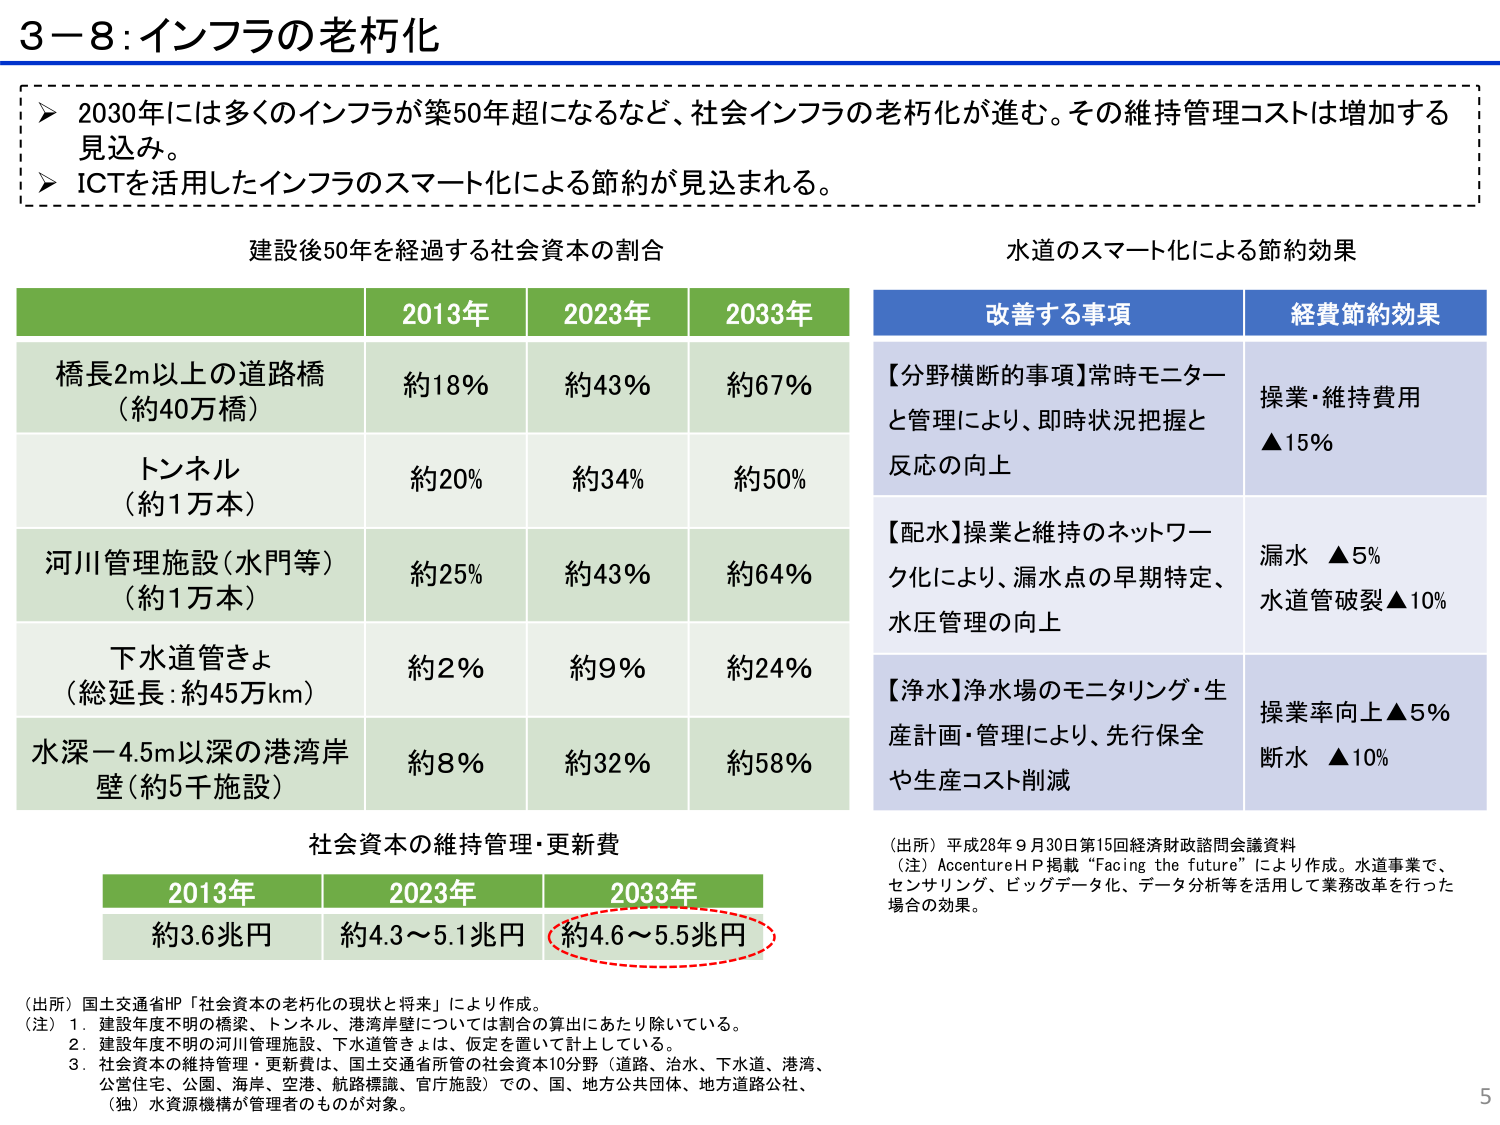
3－8：インフラの老朽化

➤ 2030年には多くのインフラが築50年超になるなど、社会インフラの老朽化が進む。その維持管理コストは増加する見込み。
➤ ICTを活用したインフラのスマート化による節約が見込まれる。

建設後50年を経過する社会資本の割合

2013年　2023年　2033年
橋長2m以上の道路橋（約40万橋）　約18％　約43％　約67％
トンネル（約1万本）　約20％　約34％　約50％
河川管理施設（水門等）（約1万本）　約25％　約43％　約64％
下水道管きょ（総延長：約45万km）　約2％　約9％　約24％
水深－4.5m以深の港湾岸壁（約5千施設）　約8％　約32％　約58％

水道のスマート化による節約効果

改善する事項　　　　　　　　　　　　　　　経費節約効果
【分野横断的事項】常時モニターと管理により、即時状況把握と反応の向上　　操業・維持費用 ▲15％
【配水】操業と維持のネットワーク化により、漏水点の早期特定、水圧管理の向上　　漏水 ▲5％　水道管破裂 ▲10％
【浄水】浄水場のモニタリング・生産計画・管理により、先行保全や生産コスト削減　　操業率向上 ▲5％　断水 ▲10％

社会資本の維持管理・更新費

2013年　2023年　2033年
約3.6兆円　約4.3～5.1兆円　約4.6～5.5兆円

（出所）国土交通省HP「社会資本の老朽化の現状と将来」により作成。
（注）1．建設年度不明の橋梁、トンネル、港湾岸壁については割合の算出にあたり除いている。
　　2．建設年度不明の河川管理施設、下水道管きょは、仮定を置いて計上している。
　　3．社会資本の維持管理・更新費は、国土交通省所管の社会資本10分野（道路、治水、下水道、港湾、公営住宅、公園、海岸、空港、航路標識、官庁施設）での、国、地方公共団体、地方道路公社、（独）水資源機構が管理者のものが対象。

（出所）平成28年9月30日第15回経済財政諮問会議資料
（注）AccentureHP掲載“Facing the future”により作成。水道事業で、センサリング、ビッグデータ化、データ分析等を活用して業務改革を行った場合の効果。

5